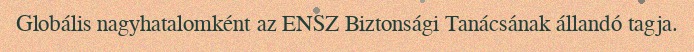
Globális nagyhatalomként az ENSZ Biztonsági Tanácsának állandó tagja.